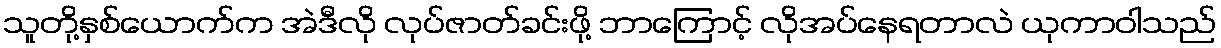
သူတို့နှစ်ယောက်က အဲဒီလို လုပ်ဇာတ်ခင်းဖို့ ဘာကြောင့် လိုအပ်နေရတာလဲ ယုကာဝါသည်